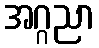
အဂ္ဂညာ